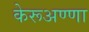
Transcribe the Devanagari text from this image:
केरूअण्णा